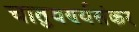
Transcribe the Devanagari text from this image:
चातुवर्ण्यसंकर